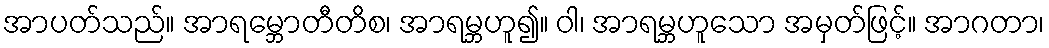
အာပတ်သည်။ အာရမ္ဘောတီတိစ၊ အာရမ္ဘဟူ၍။ ဝါ၊ အာရမ္ဘဟူသော အမှတ်ဖြင့်။ အာဂတာ၊